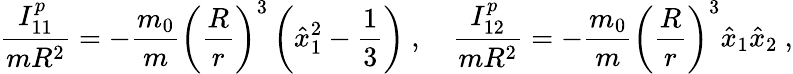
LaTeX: \frac{I_{11}^{p}}{mR^{2}}=-\frac{m_{0}}{m}\left(\frac{R}{r}\right)^{3}\left(\hat{x}_{1}^{2}-\frac{1}{3}\right)\ ,\quad\frac{I_{12}^{p}}{mR^{2}}=-\frac{m_{0}}{m}\left(\frac{R}{r}\right)^{3}\hat{x}_{1}\hat{x}_{2}\ ,